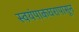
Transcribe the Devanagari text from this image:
स्वयंपाकघरापासून